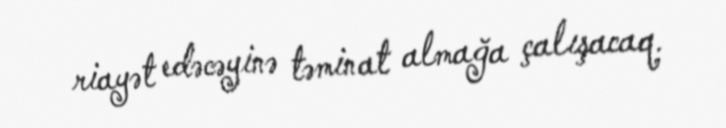
riayət edəcəyinə təminat almağa çalışacaq.